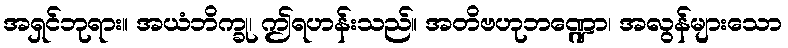
အရှင်ဘုရား။ အယံဘိက္ခု၊ ဤရဟန်းသည်။ အတိဗဟုဘဏ္ဍော၊ အလွန်များသော